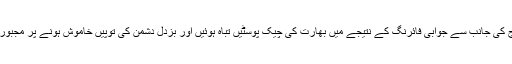
پاک فوج کی جانب سے جوابی فائرنگ کے نتیجے میں بھارت کی چیک پوسٹیں تباہ ہوئیں اور بزدل دشمن کی توپیں خاموش ہونے پر مجبور ہوگئیں۔